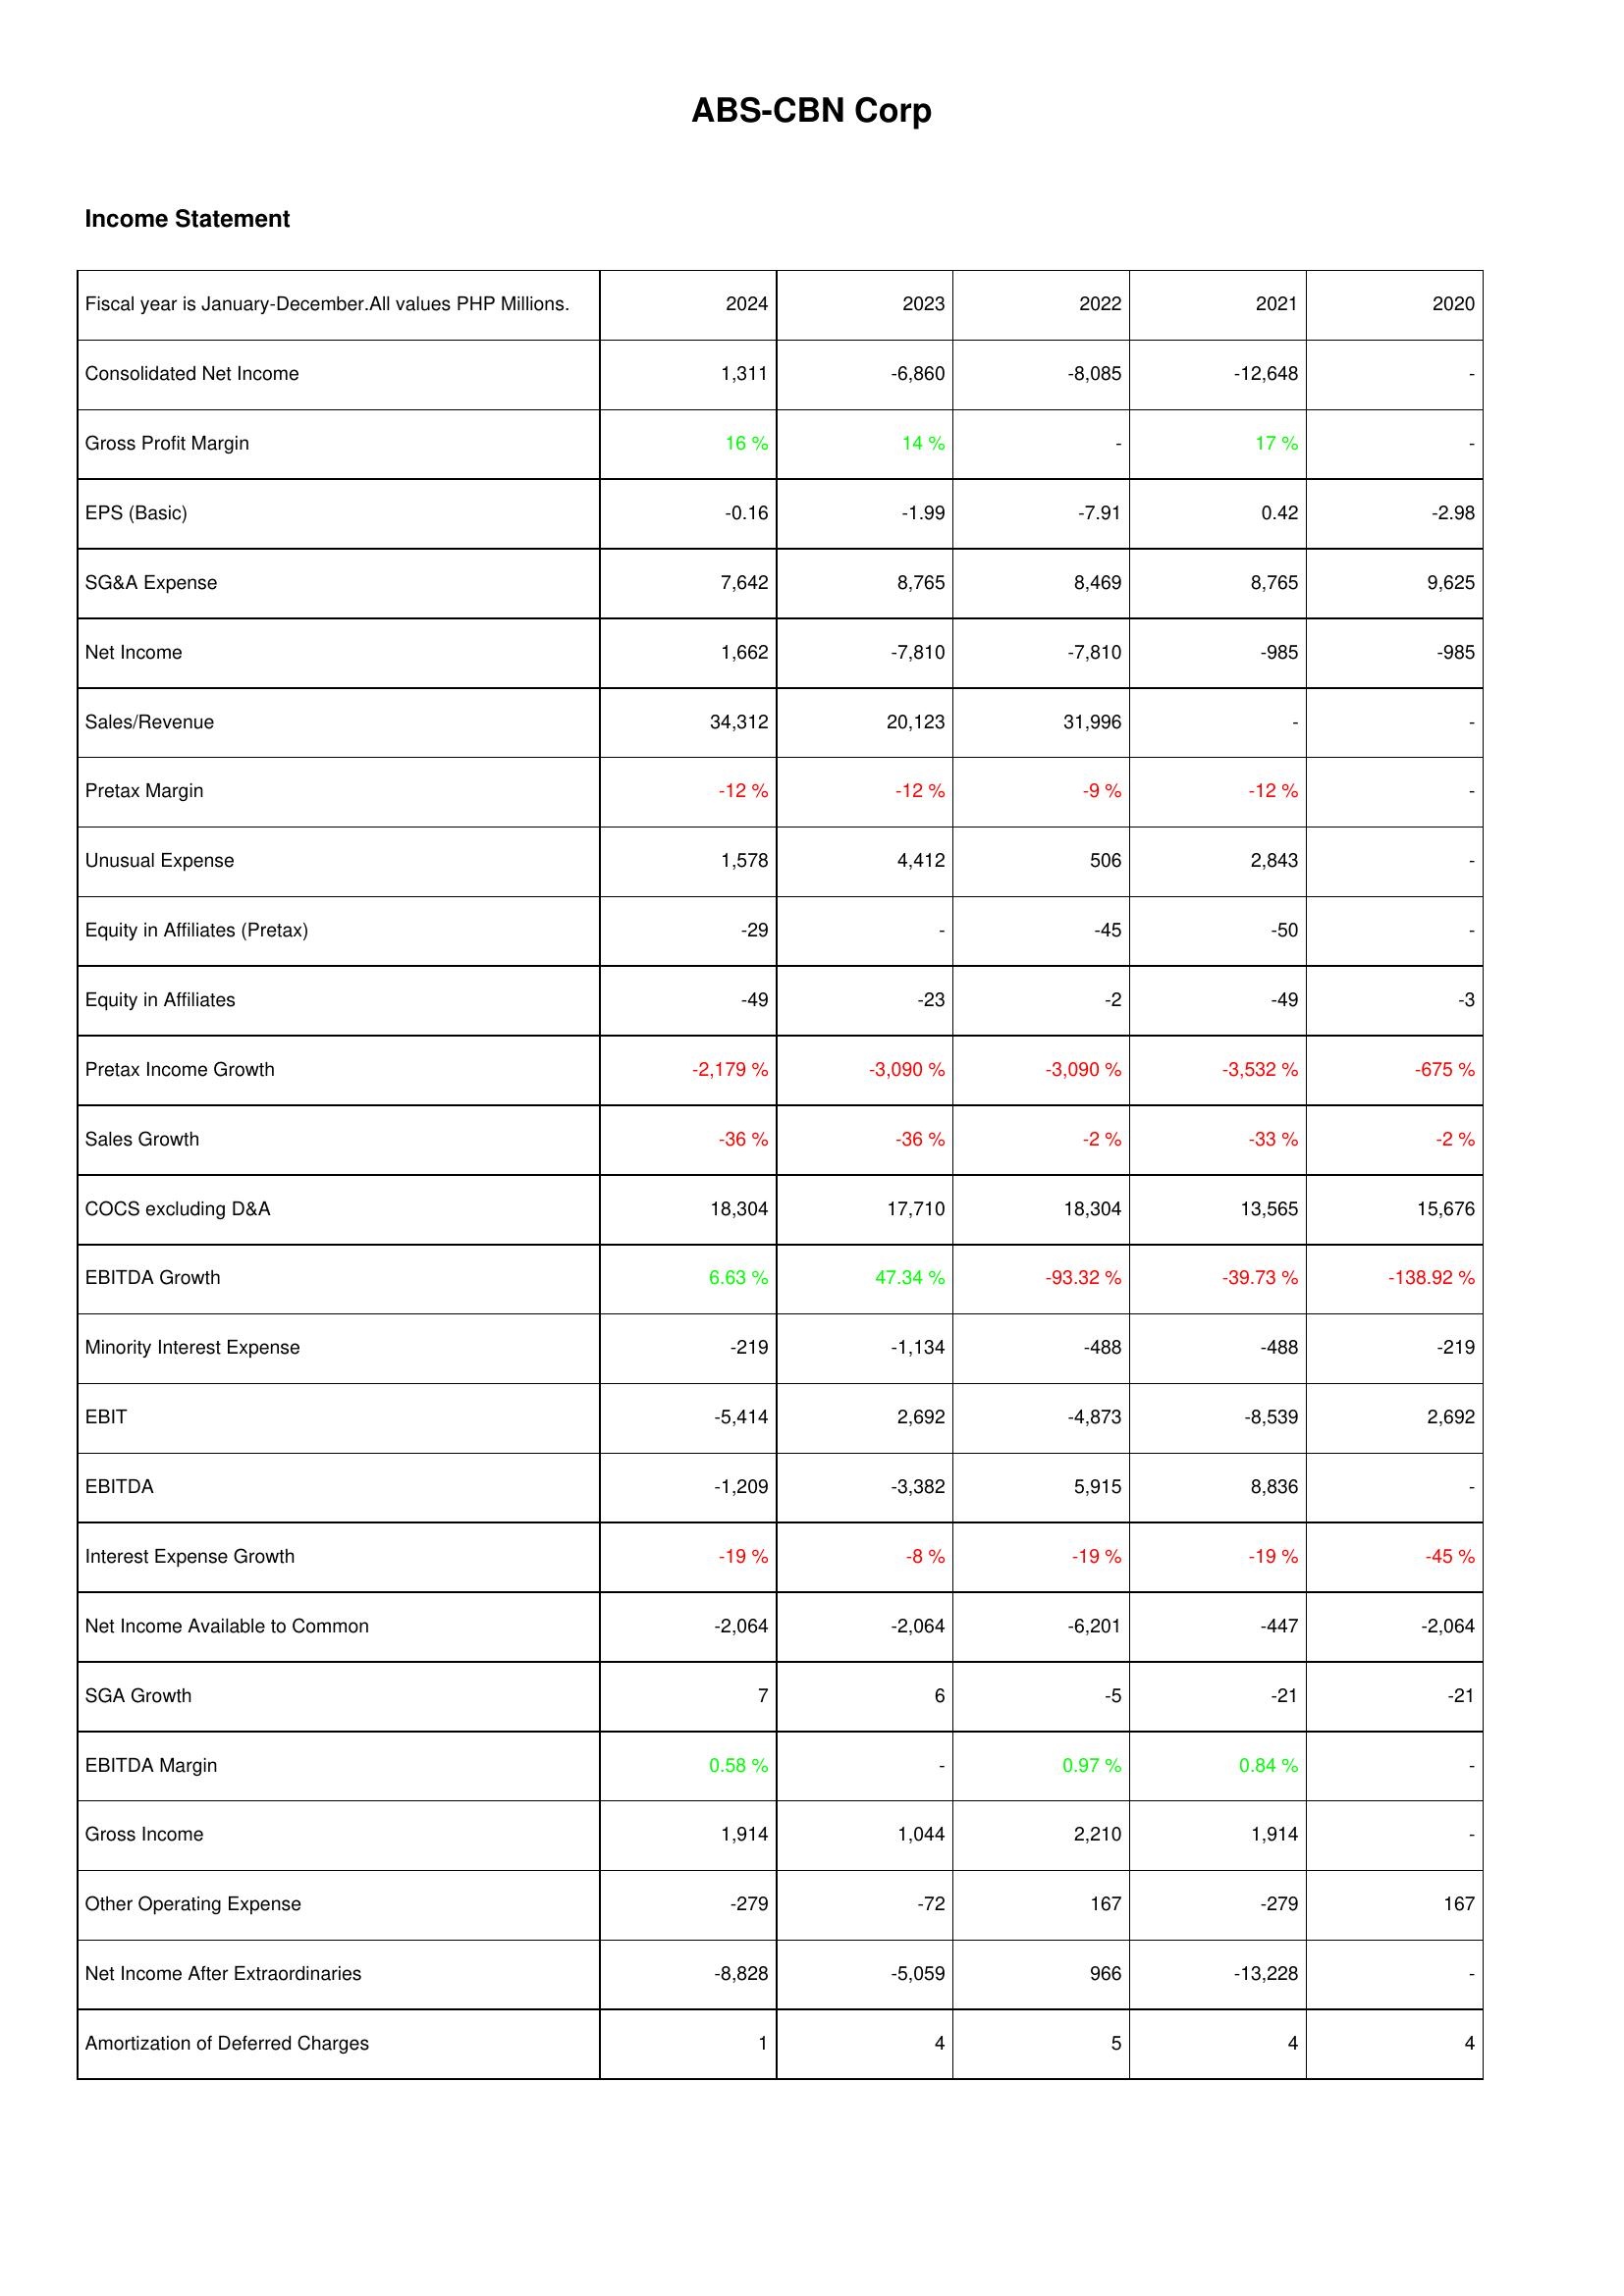
2024: Income Statement: Consolidated Net Income: 1,311
Gross Profit Margin: 16 %
EPS (Basic): -0.16
SG&A Expense: 7,642
Net Income: 1,662
Sales/Revenue: 34,312
Pretax Margin: -12 %
Unusual Expense: 1,578
Equity in Affiliates (Pretax): -29
Equity in Affiliates: -49
Pretax Income Growth: -2,179 %
Sales Growth: -36 %
COCS excluding D&A: 18,304
EBITDA Growth: 6.63 %
Minority Interest Expense: -219
EBIT: -5,414
EBITDA: -1,209
Interest Expense Growth: -19 %
Net Income Available to Common: -2,064
SGA Growth: 7
EBITDA Margin: 0.58 %
Gross Income: 1,914
Other Operating Expense: -279
Net Income After Extraordinaries: -8,828
Amortization of Deferred Charges: 1
2023: Income Statement: Consolidated Net Income: -6,860
Gross Profit Margin: 14 %
EPS (Basic): -1.99
SG&A Expense: 8,765
Net Income: -7,810
Sales/Revenue: 20,123
Pretax Margin: -12 %
Unusual Expense: 4,412
Equity in Affiliates (Pretax): -
Equity in Affiliates: -23
Pretax Income Growth: -3,090 %
Sales Growth: -36 %
COCS excluding D&A: 17,710
EBITDA Growth: 47.34 %
Minority Interest Expense: -1,134
EBIT: 2,692
EBITDA: -3,382
Interest Expense Growth: -8 %
Net Income Available to Common: -2,064
SGA Growth: 6
EBITDA Margin: -
Gross Income: 1,044
Other Operating Expense: -72
Net Income After Extraordinaries: -5,059
Amortization of Deferred Charges: 4
2022: Income Statement: Consolidated Net Income: -8,085
Gross Profit Margin: -
EPS (Basic): -7.91
SG&A Expense: 8,469
Net Income: -7,810
Sales/Revenue: 31,996
Pretax Margin: -9 %
Unusual Expense: 506
Equity in Affiliates (Pretax): -45
Equity in Affiliates: -2
Pretax Income Growth: -3,090 %
Sales Growth: -2 %
COCS excluding D&A: 18,304
EBITDA Growth: -93.32 %
Minority Interest Expense: -488
EBIT: -4,873
EBITDA: 5,915
Interest Expense Growth: -19 %
Net Income Available to Common: -6,201
SGA Growth: -5
EBITDA Margin: 0.97 %
Gross Income: 2,210
Other Operating Expense: 167
Net Income After Extraordinaries: 966
Amortization of Deferred Charges: 5
2021: Income Statement: Consolidated Net Income: -12,648
Gross Profit Margin: 17 %
EPS (Basic): 0.42
SG&A Expense: 8,765
Net Income: -985
Sales/Revenue: -
Pretax Margin: -12 %
Unusual Expense: 2,843
Equity in Affiliates (Pretax): -50
Equity in Affiliates: -49
Pretax Income Growth: -3,532 %
Sales Growth: -33 %
COCS excluding D&A: 13,565
EBITDA Growth: -39.73 %
Minority Interest Expense: -488
EBIT: -8,539
EBITDA: 8,836
Interest Expense Growth: -19 %
Net Income Available to Common: -447
SGA Growth: -21
EBITDA Margin: 0.84 %
Gross Income: 1,914
Other Operating Expense: -279
Net Income After Extraordinaries: -13,228
Amortization of Deferred Charges: 4
2020: Income Statement: Consolidated Net Income: -
Gross Profit Margin: -
EPS (Basic): -2.98
SG&A Expense: 9,625
Net Income: -985
Sales/Revenue: -
Pretax Margin: -
Unusual Expense: -
Equity in Affiliates (Pretax): -
Equity in Affiliates: -3
Pretax Income Growth: -675 %
Sales Growth: -2 %
COCS excluding D&A: 15,676
EBITDA Growth: -138.92 %
Minority Interest Expense: -219
EBIT: 2,692
EBITDA: -
Interest Expense Growth: -45 %
Net Income Available to Common: -2,064
SGA Growth: -21
EBITDA Margin: -
Gross Income: -
Other Operating Expense: 167
Net Income After Extraordinaries: -
Amortization of Deferred Charges: 4